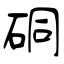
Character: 硐